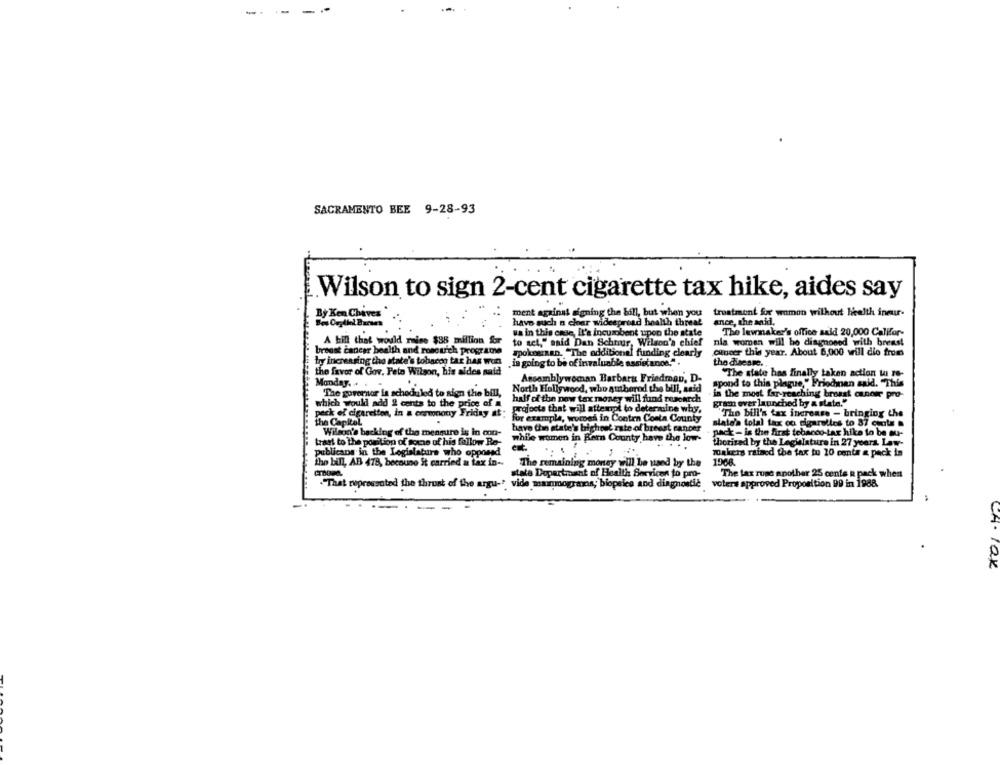
-.
--
SACRAMENTO BEE 9-28-93
Wilson to sign 2-cent cigarette tax hike, aides say
ment against signing the bill, but when you
treatment for women without health ineur-
By Ken Chives
ance, she said.
Ses Or, dlel Barses
have such a clear widespread health threat
wa in this case, It's incumbent upon the state
The lewnaker's office said 20,000 Callfor-
A bill that would raise $38 million for
to set," said Dan Schnur, Wilson's chief
nia women will be diagnosed with brens!
breast cancer health and roseurch programe
cancer this year. About 6,000 will die from
by increasing the state's tobacon tar has won
pokostaan. "The additional funding clearly
.is going to be of invaluable assistance."
the duesre.
the favor of Gov. Pelo Wilson, his aldes said
The state has finally taken action was re-
Monday ..
Assemblywoman Barbara Friedman, D-
spond to this plague," Friedman said. "This
North Hollywood, who suitbernd the bill, acid
"The governor la scheduled to sign the bill,
half of the pow tax money will fund research
in the most far-reaching broast canoir pro-
which would add 2 cents to the price of a
gram over launched by a state."
pack of cigaretten, in a commonony Friday at:
projects that will attempt to determine why.
Tho bill's tax increase - bringing the
the Capitol
for example, womes in Conten Costa County
have the state's highnet rate of breast cancer
slate's total tax co cigarettes to 87 cuota .
Wilson's backing of the meamire is in con-
pack - is the first tobacco-tar hike to be ou-
traet to the portion of tome of his follow Be-
while women in Kern County have the low-
thorized by the Legislature in 27 years. Law-
publicans in the Legislature who opposed
makers rained the fax tu 10 conte a pack is
The bill, AB 478, because it carried a tax in --
The remaining money will be used by the
1968
state Dopartmant of Health Services to pro-
The lax ruse another 25 cents R pack when
voters approved Proposition 99 in 1988
-"That represented the thrust of the argu-" vide mammograms; biopsiee and diagnostic